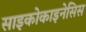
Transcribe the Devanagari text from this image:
साइकोकाइनेसिस